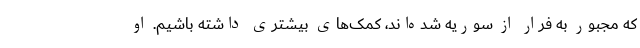
که مجبور به فرار از سوریه شده‌اند، کمک‌های بیشتری داشته باشیم. او